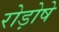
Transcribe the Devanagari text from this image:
रोड़ोषे